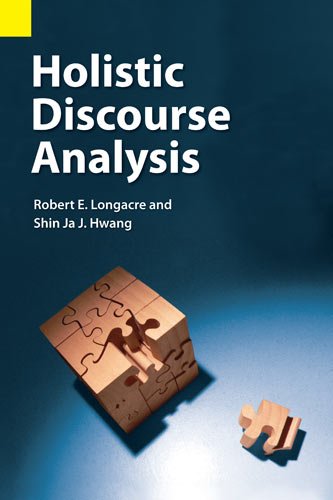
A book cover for Holistic Discourse Analysis; Robert E. Longacre; Reference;